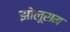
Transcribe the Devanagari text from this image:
झोलूराम